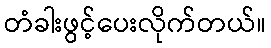
တံခါးဖွင့်ပေးလိုက်တယ်။